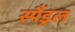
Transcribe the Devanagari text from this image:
स्पैंड्रल